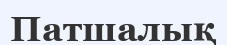
Патшалық